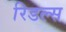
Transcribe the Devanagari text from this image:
रिडल्स